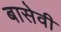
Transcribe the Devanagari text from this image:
बासेवी